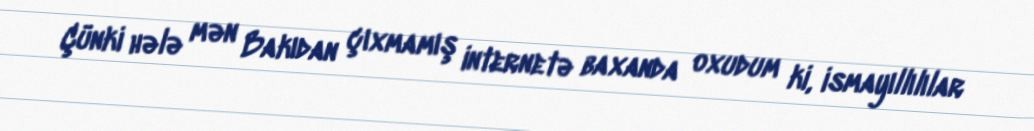
Çünki hələ mən Bakıdan çıxmamış internetə baxanda oxudum ki, ismayıllılılar